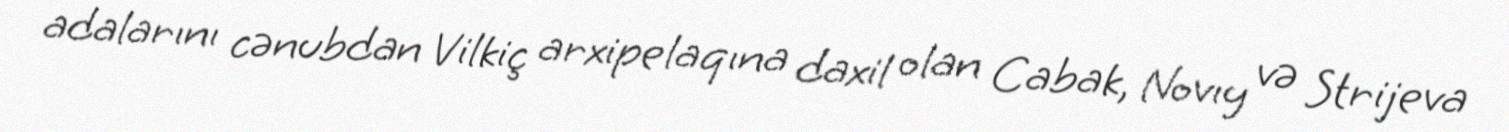
adalarını cənubdan Vilkiç arxipelaqına daxil olan Cabak, Novıy və Strijeva